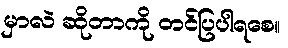
မှာလဲ ဆိုတာကို တင်ပြပါရစေ။